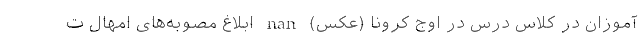
آموزان در کلاس درس در اوج کرونا (عکس) nan ابلاغ مصوبه‌های امهال ت